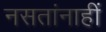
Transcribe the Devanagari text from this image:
नसतांनाहीं